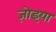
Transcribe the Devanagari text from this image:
ज़ोइया